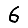
Digit: 6